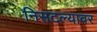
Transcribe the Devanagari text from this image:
निसटल्यावर